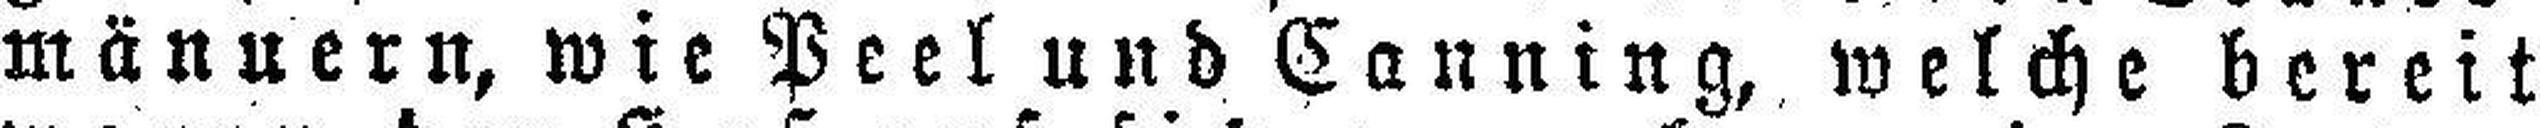
mänuern, wie Peel und Canning, welche bereit